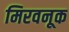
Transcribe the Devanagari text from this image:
मिरवनूक